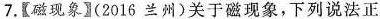
7.【磁现象】(2016兰州)关于磁现象，下列说法正